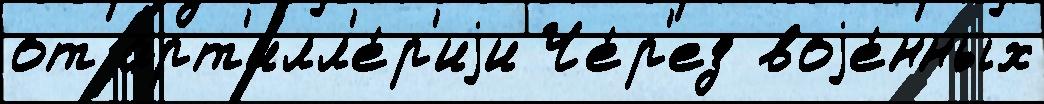
от арт'илл'е́р'иjи Че́р'ез воjе́нных